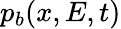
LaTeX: p_{b}(x,E,t)